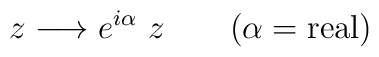
z \longrightarrow e^{i \alpha}~z~~~~~~(\alpha = {\rm real})